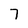
Character: 7